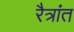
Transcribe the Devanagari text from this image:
रैत्रांत